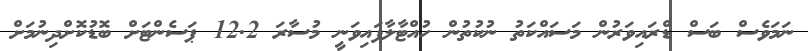
ނަމަވެސް ބަސް ޑްރައިވަރުން މަސައްކަތު ނުކުތުން ހުއްޓާލާފައިވަނީ މުސާރަ 12.2 ޕަސެންޓަށް ބޮޑުކޮށްދިނުމަށް